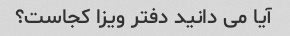
آیا می دانید دفتر ویزا کجاست؟